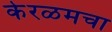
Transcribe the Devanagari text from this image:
केरळमचा